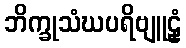
ဘိက္ခုသံဃပရိဗျူဠှံ